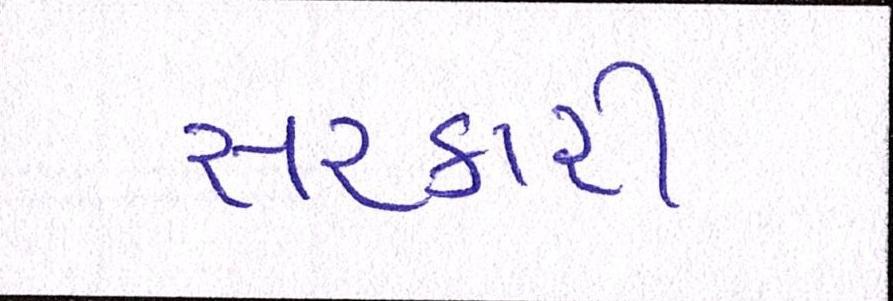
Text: સરકારી